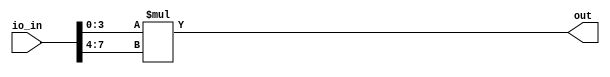
module user_module(
  input wire [7:0] io_in,
  output wire [7:0] out
);
  // lint_off MULTIPLY
  function automatic [7:0] umul8b_4b_x_4b (input reg [3:0] lhs, input reg [3:0] rhs);
    begin
      umul8b_4b_x_4b = lhs * rhs;
    end
  endfunction
  // lint_on MULTIPLY
  wire [7:0] n;
  assign n = umul8b_4b_x_4b(io_in[3:0], io_in[7:4]);
  assign out = n;
endmodule